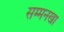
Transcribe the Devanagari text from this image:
सम्मनखा